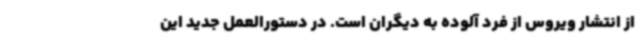
از انتشار ویروس از فرد آلوده به دیگران است. در دستورالعمل جدید این